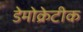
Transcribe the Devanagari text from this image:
डेेमोक्रेटीक